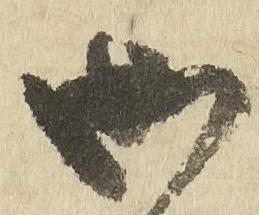
御